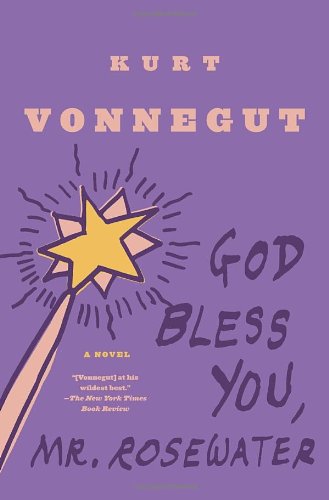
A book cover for God Bless You, Mr. Rosewater: A Novel; Kurt Vonnegut; Mystery, Thriller & Suspense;